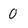
Character: O